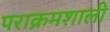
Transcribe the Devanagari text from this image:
पराक्रमशाली